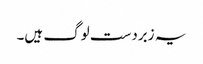
یہ زبردست لوگ ہیں۔